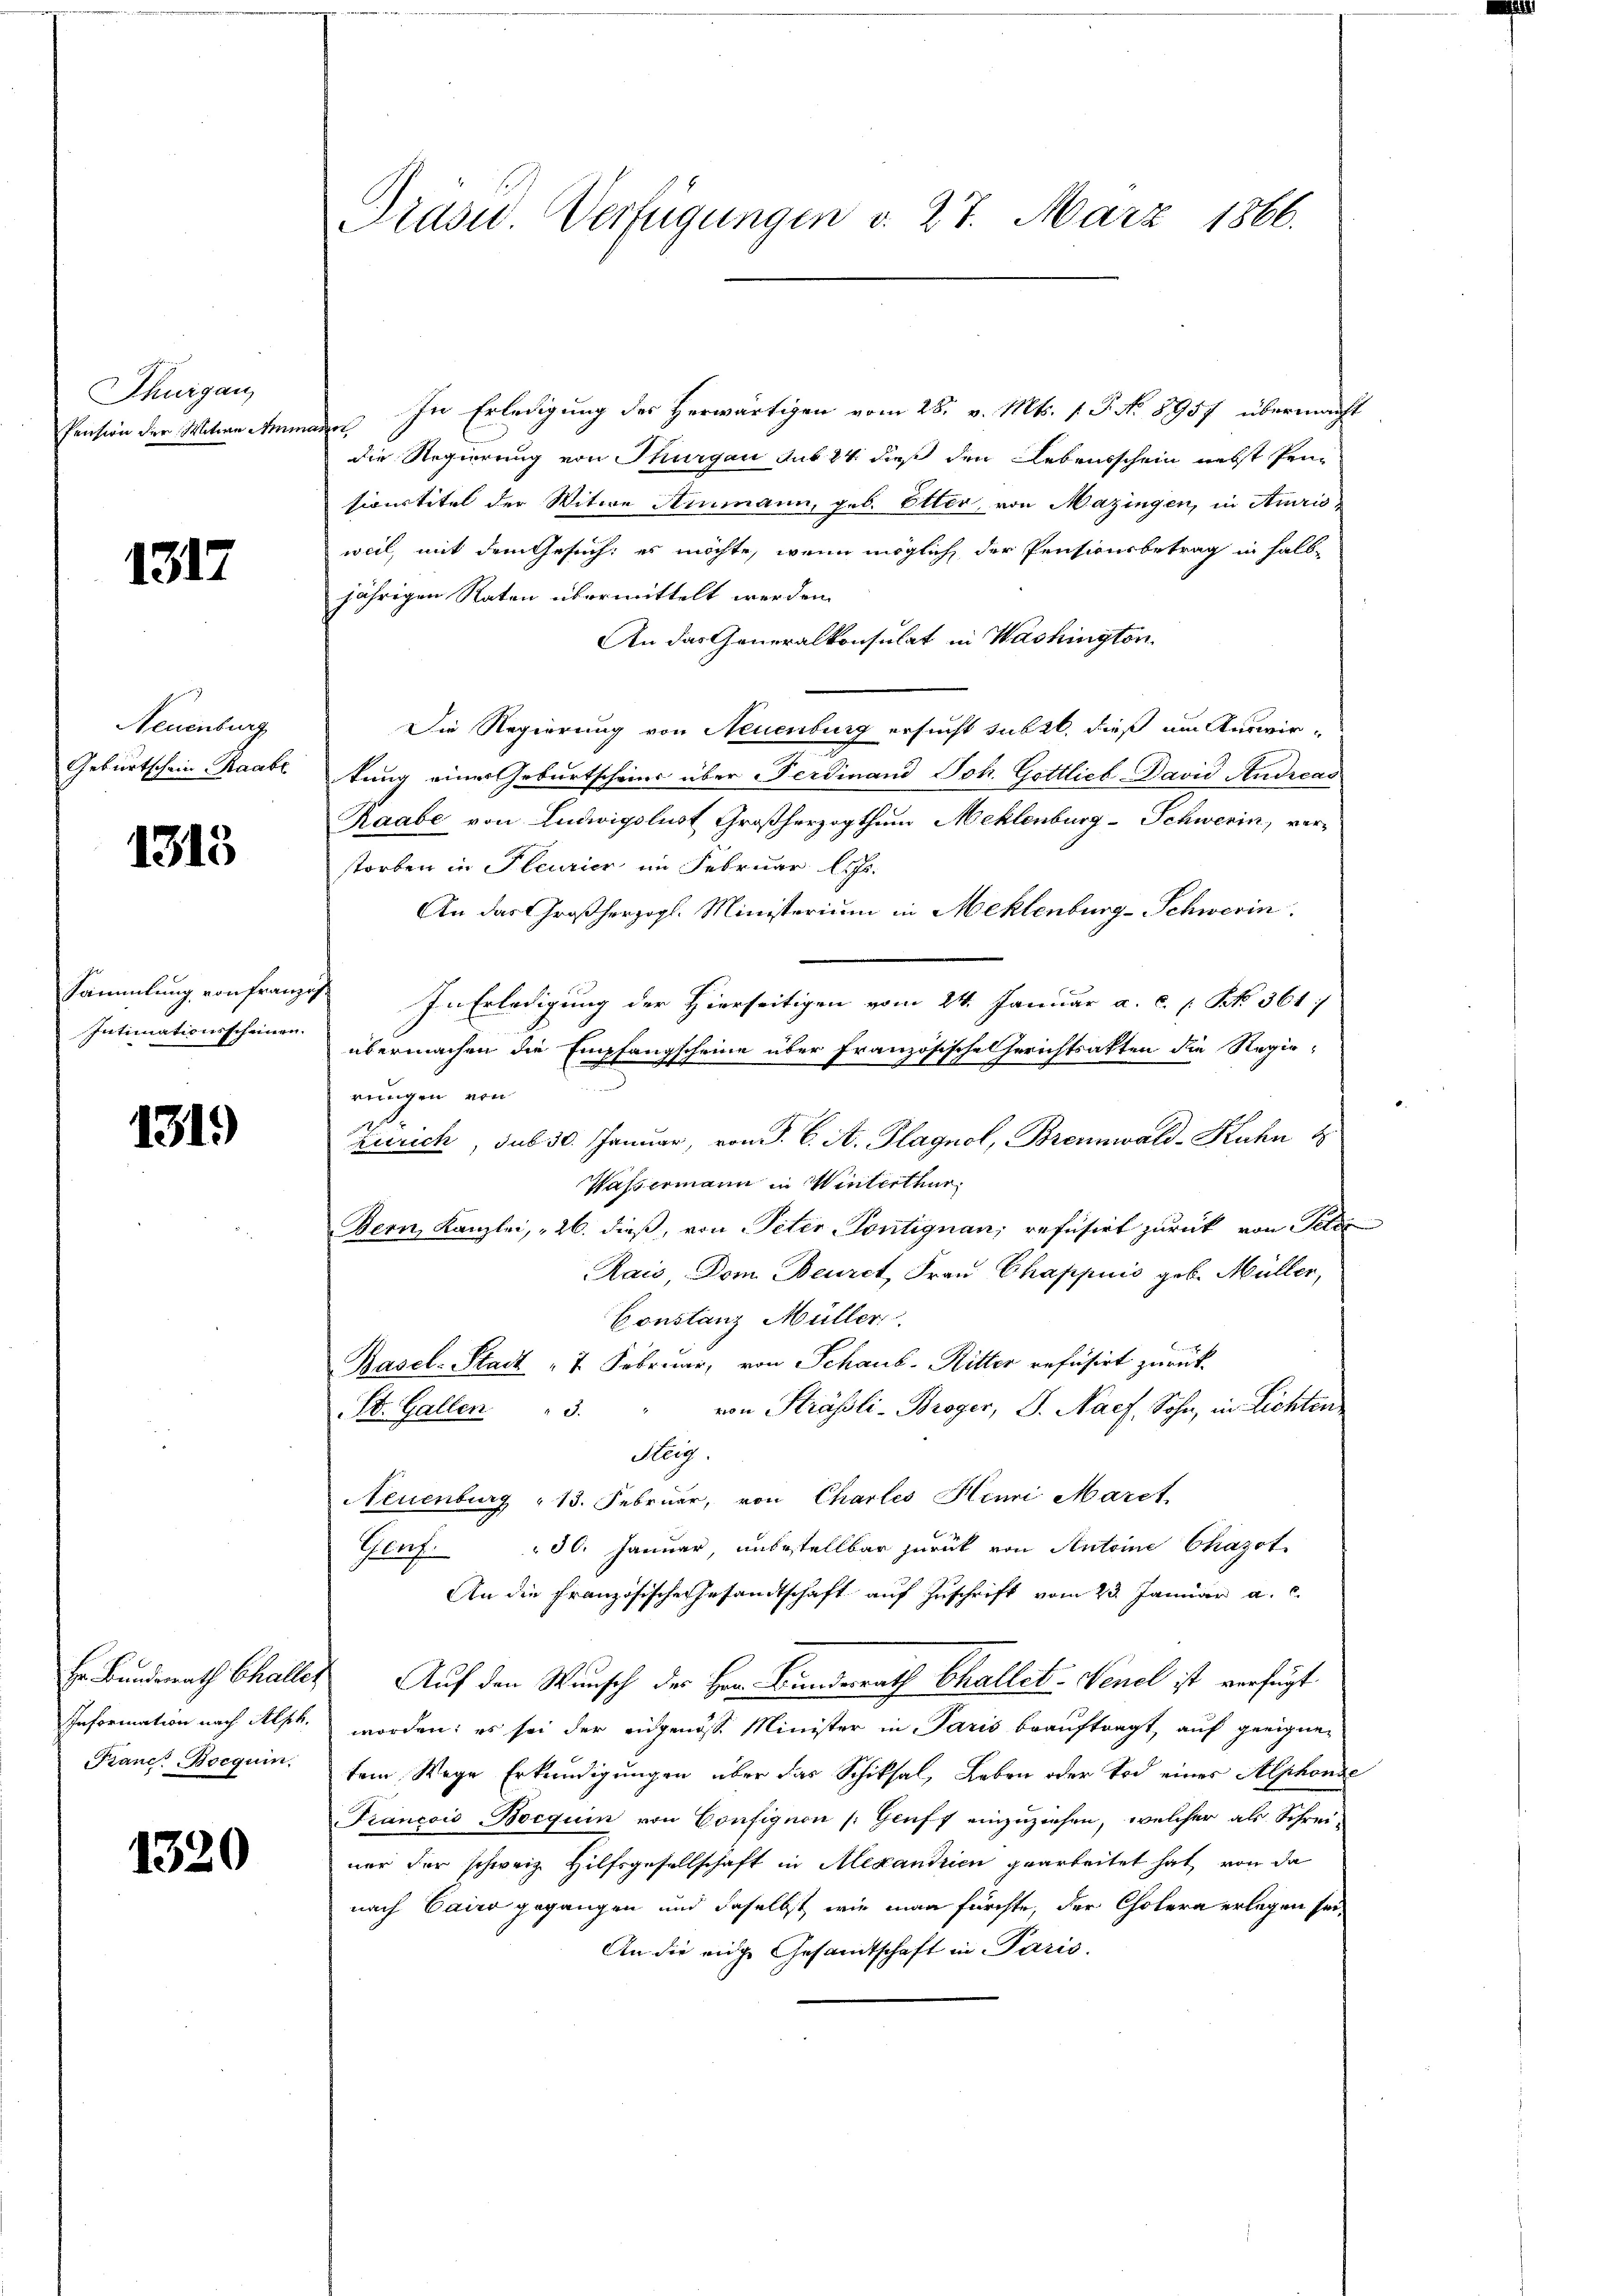
Thurgau,
Pension der Witwe Ann

1317

Neuenburg
Geburtschein Raabe

1313

Sammlung von Franz
Intimationsscheinen.

1319

Information nach Alph.
Franc Bocquin

1320

Grasu. Verfügungen d. 27. März 1866.

In Erledigung des Herwärtigen vom 28. v. Mts. 1. P. N. 8957 übermacht
afer
die Regierung von Thurgau sub 24 dieß den Lebensschein nebst Pensionstitel der Witwe Hinmann, geb. Elter, von Mazingen, in Amris-
weil, mit dem Gesuch: es möchte, wenn möglich der Pensionsbetrag in halbjährigen Raten übermittelt werden.
An das Generalkonsulat in Washington
Die Regierung von Neuenburg ersucht subst, dieß um Auswirtung einer Geburtscheins über Ferdinand Joh. Gottlich-David Andreas
Raabe von Ludwigslust Großherzogthum Mehlenburg-Schwerin, ver-
storben in Pleurier im Februar les
An das Großherzogl. Ministerium in Mehlenburg-Schwerin
i
In Erledigung der Hierseitigen vom 24. Januar a. c. (N. 361
übermachen die Empfangscheine über Französische Gerichtsakten die Regie-
rungen von
Zürich, sub 30. Januar, von P. C. A. Plagnol, Brennwald-Kuhn 8
Wassermann in Winterthur
Bern, Kanzlei, 26. dieß, von Peter Pontignan; refusirt zurück von Peter
Rais, Dem Beuret, Frau Chappiis geb. Müller,
Constanz Müller.
Basel-Stadt " 7. Februar, von Schaus-Ritter refüsirt zurück
St. Gallen 3. " von Strässli-Broger, J. Nach, Sohn, in Lichten
Heig.
Neuenburg 13. Februar, von Charles Henri Maret.
30. Januar, unbestellbar zurück von Antoine Chazot
Plach.
An die Französische Gesandtschaft auf Zuschrift vom 23. Januar a. c.
Er Bunderath Challer Auf den Wunsch der Herr Bundesrath Challet. Venel ist verfügt
worden; es sei der eidgenosse Minister in Paris beauftragt, auf geeignetem Wege Erkundigungen über das Schiksal, Leben oder Tod eines Alphonde
Francois Bocquin von Confignon [Geuff einzuziehen, welcher als Schrei-
ner der schweiz. Hilfsgesellschaft in Mexandrien gearbeitet hat von da
nach Cairo gegangen und daselbst wie man fürchte, der Cholern erlegen sei,
An die eige Gesamtschaft in Paris.